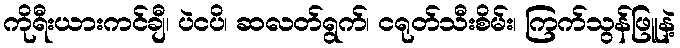
ကိုရီးယားကင်ချီ၊ ပဲငပိ၊ ဆလတ်ရွက်၊ ငရုတ်သီးစိမ်း၊ ကြက်သွန်ဖြူနဲ့